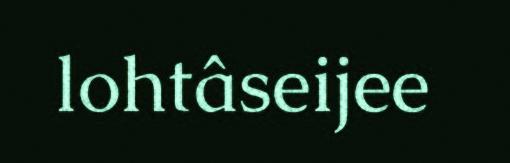
lohtâseijee